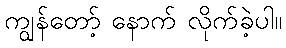
ကျွန်တော့် နောက် လိုက်ခဲ့ပါ။